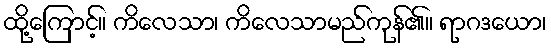
ထို့ကြောင့်။ ကိလေသာ၊ ကိလေသာမည်ကုန်၏။ ရာဂဒယော၊